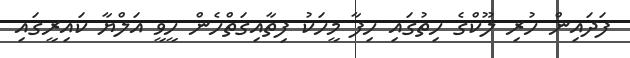
ފަދައިން ހުރި ލޫކްގެ ހިތުގައި ހިފާ މީހަކު ފިތާއިގަތްހެން ހީވީ އަލްޔާ ކައިރީގައި